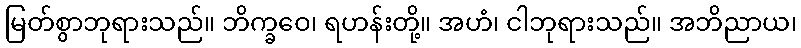
မြတ်စွာဘုရားသည်။ ဘိက္ခဝေ၊ ရဟန်းတို့။ အဟံ၊ ငါဘုရားသည်။ အဘိညာယ၊